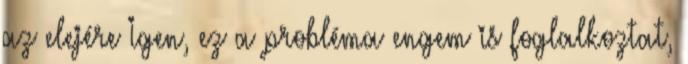
az elejére Igen, ez a probléma engem is foglalkoztat,